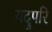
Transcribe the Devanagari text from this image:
यदुपरि